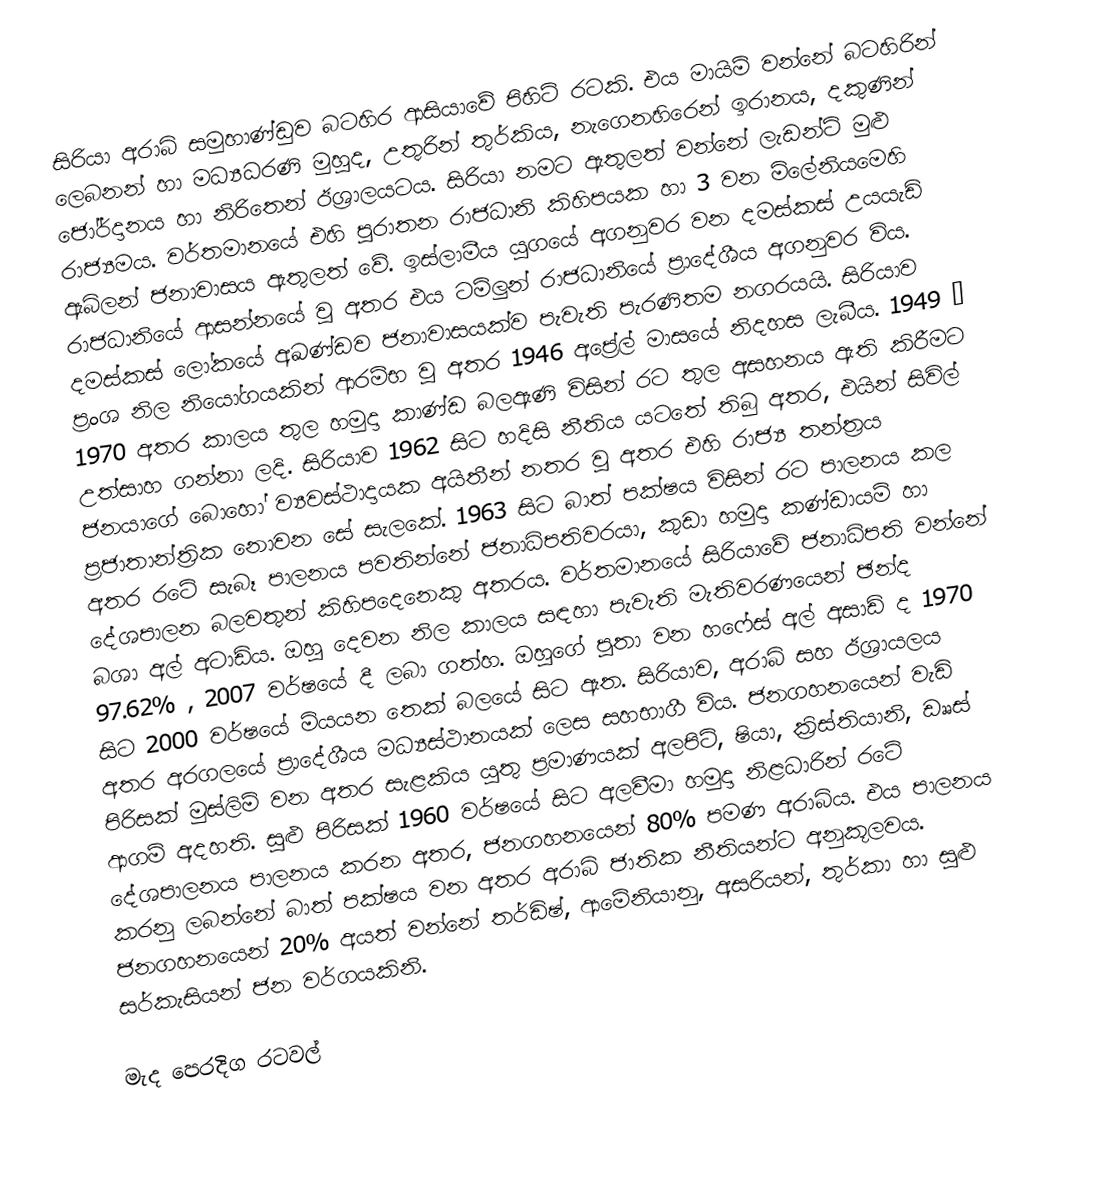
සිරියා අරාබි සමුහාණ්ඩුව බටහිර ආසියාවේ පිහිටි රටකි. එය මායිම් වන‍‍්නේ බටහිරින් ලෙබනන් හා මධ්‍යධරණි මුහුද, උතුරින් තුර්කිය, නැගෙනහිරෙන් ඉරානය, දකුණින් ජෝර්දානය හා නිරිතෙන් ඊශ්‍රාලයටය. සිරියා නමට ඇතුලත් වන්නේ ලැඩන්ට් මුළු රාජ්‍යමය. වර්තමානයේ එහි පුරාතන රාජධානි කිහිපයක හා 3 වන මිලේනියමෙහි ඇබ්ලන් ජනාවාසය ඇතුලත් වේ. ඉස්ලාමීය යුගයේ අගනුවර වන දමස්කස් උයයැඩ් රාජධානියේ ආසන්නයේ වු අතර එය ටම්ලුන් රාජධානියේ ප්‍රාදේශීය අගනුවර විය. දමස්කස් ලෝකයේ අඛණ්ඩව ජනාවාසයක්ව පැවැති පැරණිතම නගරයයි. සිරියාව ප්‍රංශ නිල නියෝගයකින් ආරම්භ වු අතර 1946 අප්‍රේල් මාසයේ නිදහස ලැබීය. 1949 – 1970 අතර කාලය තුල හමුදා කාණ්ඩ බලඇණි විසින් රට තුල අසහනය ඇති කිරීමට උත්සාහ ගන්නා ලදි. සිරියාව 1962 සිට හදිසි නීතිය යටතේ තිබු අතර, එයින් සිවිල් ජනයාගේ බොහෝ ව්‍යවස්ථාදායක අයිතීන් නතර වු අතර එහි රාජ්‍ය තන්ත්‍රය ප්‍රජාතාන්ත්‍රික නොවන සේ සැලකේ. 1963 සිට බාත් පක්ෂය විසින් රට පාලනය කල අතර රටේ සැබෑ පාලනය පවතින්නේ ජනාධිපතිවරයා, කුඩා හමුදා කණ්ඩායම් හා දේශපාලන බලවතුන් කිහිපදෙනෙකු අතරය. වර්තමානයේ සිරියාවේ ජනාධිපති වන්නේ බශා අල් අටාඩ්ය. ඔහු දෙවන නිල කාලය සඳහා පැවැති මැතිවරණයෙන් ඡන්ද 97.62% , 2007 වර්ෂයේ දී ලබා ගත්හ. ඔහුගේ පුතා වන හෆේස් අල් අසාඩ් ද 1970 සිට 2000 වර්ෂයේ මියයන තෙක් බලයේ සිට ඇත. සිරියාව, අරාබි සහ ඊශ්‍රායලය අතර අරග‍ලයේ ප්‍රාදේශීය මධ්‍යස්ථානයක් ලෙස සහභාගී විය. ජනගහනයෙන් වැඩි පිරිසක් මුස්ලිම් වන අතර සැළකිය යුතු ප්‍රමාණයක් අලපිටි, ෂියා, ක්‍රිස්තියානි, ඩෲස් ආගම් අදහති. සුළු පිරිසක් 1960 වර්ෂ‍යේ සිට අලවීමා හමුදා නිළධාරින් රටේ දේශපාලනය පාලනය කරන අතර, ජනගහනයෙන් 80% පමණ අරාබිය. එය පාලනය කරනු ලබන්නේ බාත් පක්ෂය වන අතර අරාබි ජාතික නීතියන්ට අනුකූලවය. ජනගහනයෙන් 20% අයත් වන්නේ තර්ඩිෂ්, ආමේනියානු, අසරියන්, තුර්කා හා සුළු සර්කැසියන් ජන වර්ගයකිනි.

මැද පෙරදිග රටවල්